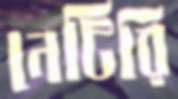
নেটিরি